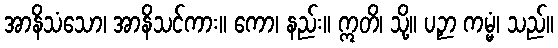
အာနိသံသော၊ အာနိသင်ကား။ ကော၊ နည်း။ ဣတိ၊ သို့။ ပဉှာ ကမ္မံ၊ သည်။